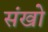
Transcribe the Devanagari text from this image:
संखो